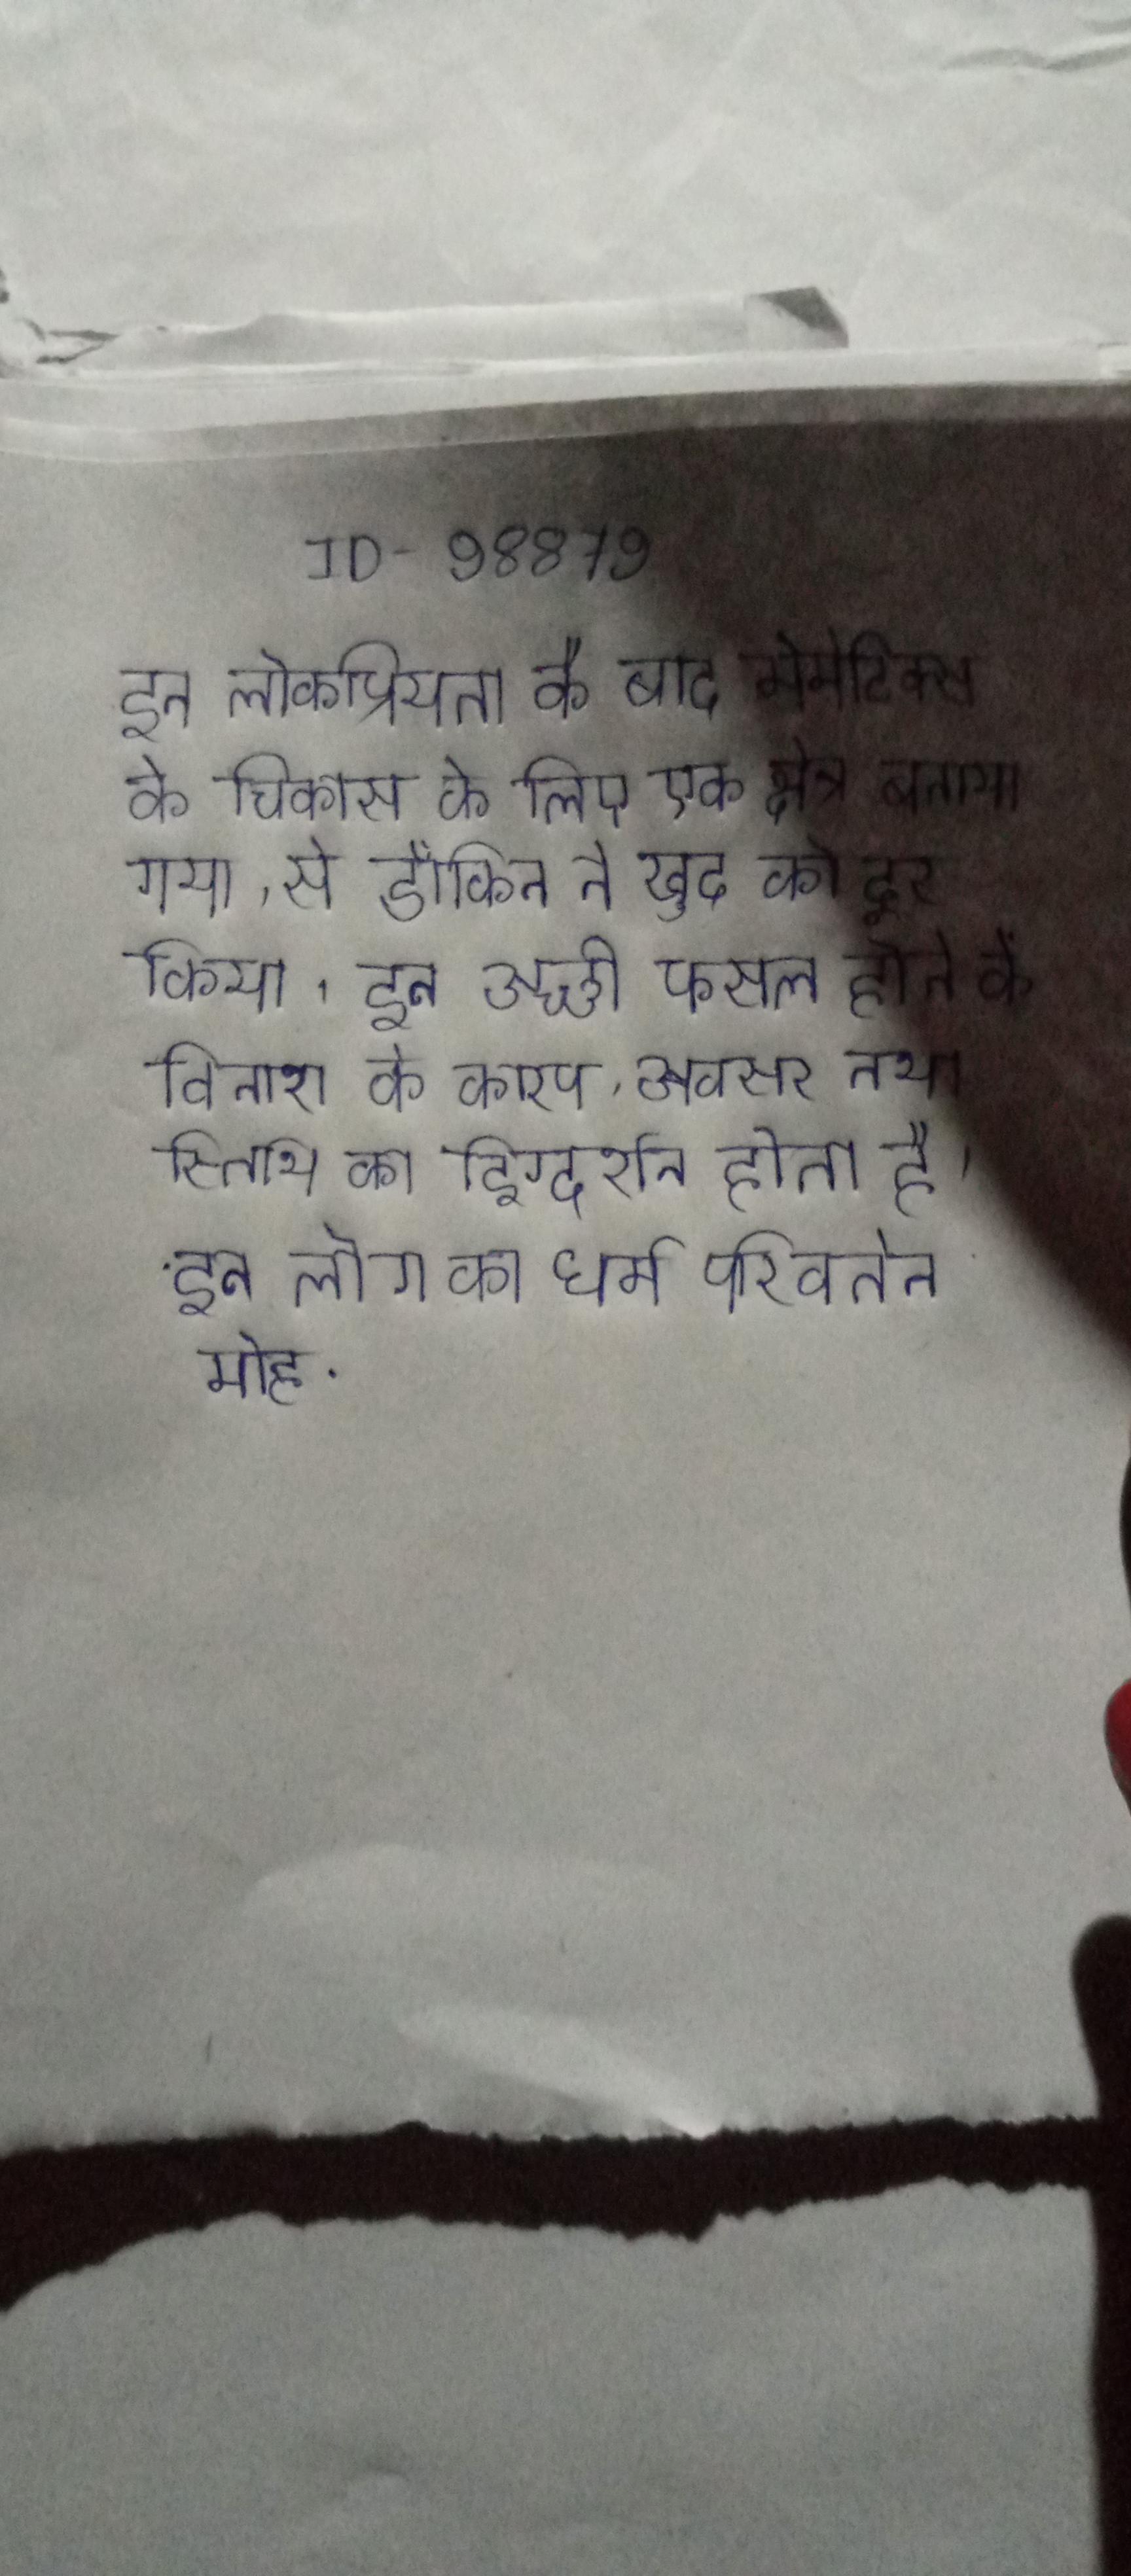
इन लोकप्रियता के बाद मेमेटिक्स के विकास के लिए एक क्षेत्र बनाया गया, से डॉकिन ने खुद को दूर किया । इन अच्छी फसल होने के विनाश के कारण, अवसर तथा स्तिथि का दिग्दर्शन होता है । इन लोग का धर्म परिवर्तन मोह .